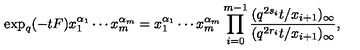
\exp _ { q } ( - t F ) x _ { 1 } ^ { \alpha _ { 1 } } \cdots x _ { m } ^ { \alpha _ { m } } = x _ { 1 } ^ { \alpha _ { 1 } } \cdots x _ { m } ^ { \alpha _ { m } } \prod _ { i = 0 } ^ { m - 1 } \frac { ( q ^ { 2 s _ { i } } t / x _ { i + 1 } ) _ { \infty } } { ( q ^ { 2 r _ { i } } t / x _ { i + 1 } ) _ { \infty } } ,